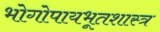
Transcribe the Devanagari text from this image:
भोगोपायभूतशास्त्र